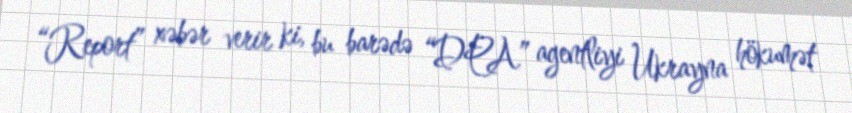
“Report” xəbər verir ki, bu barədə “DPA” agentliyi Ukrayna hökumət